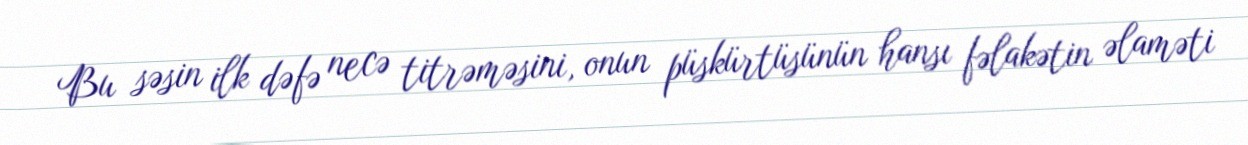
Bu səsin ilk dəfə necə titrəməsini, onun püskürtüsünün hansı fəlakətin əlaməti